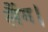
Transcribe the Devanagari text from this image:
लैंग।